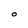
Character: 0